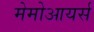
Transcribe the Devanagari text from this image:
मेमोआयर्स